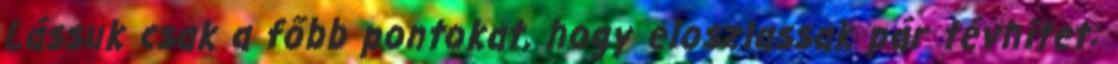
Lássuk csak a főbb pontokat, hogy eloszlassak pár tévhitet: